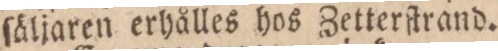
ſäljaren erhålles hos Zetterftrand.